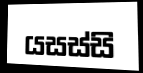
යසස්සි